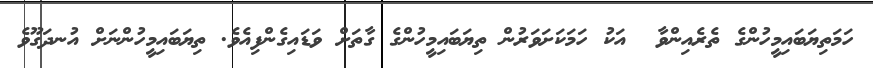
ހަމަތިޔަބައިމީހުންގެ ތެރެއިންވާ  އަކު ހަމަކަށަވަރުން ތިޔަބައިމީހުންގެ ގާތަށް ވަޑައިގެންފިއެވެ. ތިޔަބައިމީހުންނަށް އުނދަގޫވެ